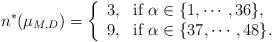
LaTeX: \begin{align*}n^*(\mu_{M, D})= \left\{\begin{array}{ll}3,&{\rm if}\; \alpha\in \{1,\cdots,36\}, \\9,&{\rm if}\; \alpha\in \{37,\cdots,48\} .\end{array}\right.\end{align*}